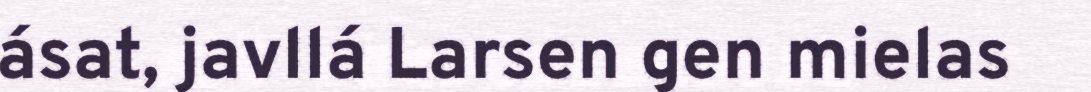
ásat, javllá Larsen gen mielas